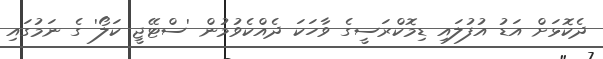
ދެކޮޅަށް އަޑު އުފުލައި ޑިމޮކްރަސީގެ ވާހަކަ ދެއްކެވުމުން 'ސްޓޭޖީ ކަލޯ' ގެ ނަމުގައި